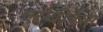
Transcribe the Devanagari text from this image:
एल्‍बीकैंस